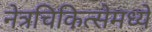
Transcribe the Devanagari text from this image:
नेत्रचिकित्सेमध्ये